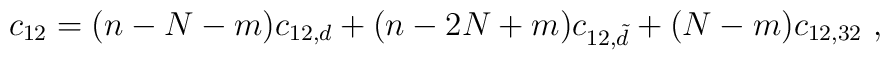
c_{12} = (n-N-m)c_{12, d}+(n-2N+m)c_{12,\tilde d}+(N-m)c_{12,32} \ ,